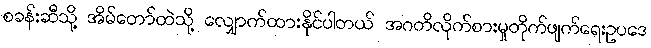
စခန်းဆီသို့ အိမ်တော်ထဲသို့ လျှောက်ထားနိုင်ပါတယ် အဂတိလိုက်စားမှုတိုက်ဖျက်ရေးဥပဒေ